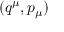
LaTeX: ( q ^ { \mu } , p _ { \mu } )